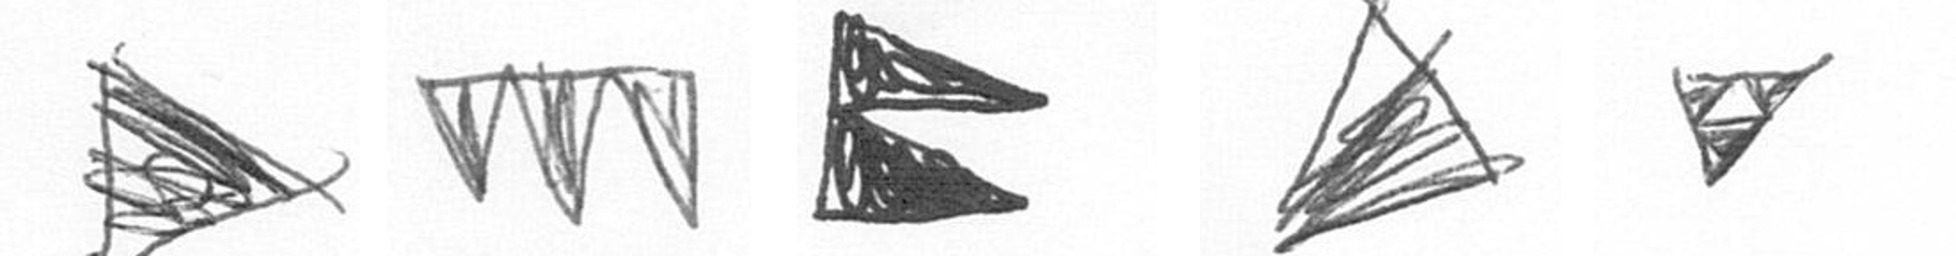
T L P O S